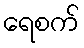
ရေစက်